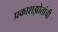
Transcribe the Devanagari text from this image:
प्रकाशझोतांची